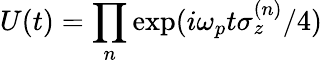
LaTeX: U(t)=\prod_{n}\exp(i\omega_{p}t\sigma_{z}^{(n)}/4)